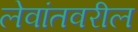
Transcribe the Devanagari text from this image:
लेवांतवरील